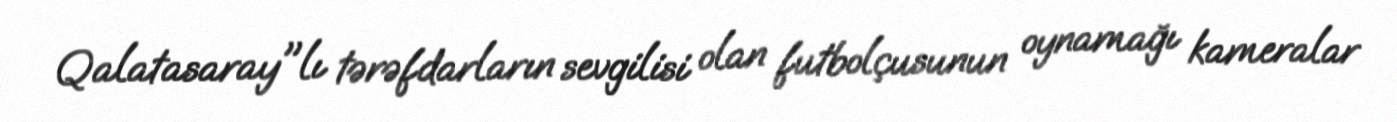
Qalatasaray"lı tərəfdarların sevgilisi olan futbolçusunun oynamağı kameralar